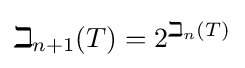
\beth _{n+1}(T)=2^{\beth _{n}(T)}